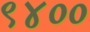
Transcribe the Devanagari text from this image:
९४००